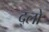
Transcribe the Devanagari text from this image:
द्लो